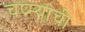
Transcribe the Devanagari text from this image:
चष्म्याची